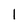
Character: 1